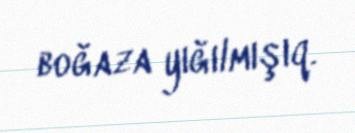
boğaza yığılmışıq.